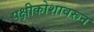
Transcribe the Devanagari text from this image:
पक्षीकोशावरून